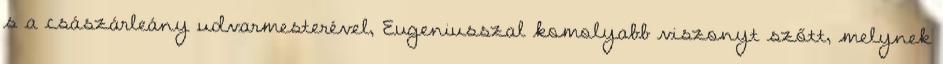
s a császárleány udvarmesterével, Eugeniusszal komolyabb viszonyt szőtt, melynek